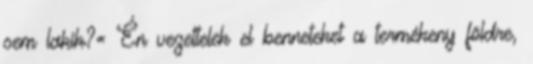
sem lakik?« Én vezettelek el benneteket a termékeny földre,